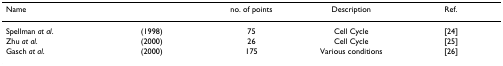
<table><thead><tr><td><b>Name</b></td><td></td><td><b>no. of points</b></td><td><b>Description</b></td><td><b>Ref.</b></td></tr></thead><tbody><tr><td>Spellman <i>at al</i>.</td><td>(1998)</td><td>75</td><td>Cell Cycle</td><td>[24]</td></tr><tr><td>Zhu <i>at al</i>.</td><td>(2000)</td><td>26</td><td>Cell Cycle</td><td>[25]</td></tr><tr><td>Gasch <i>at al</i>.</td><td>(2000)</td><td>175</td><td>Various conditions</td><td>[26]</td></tr></tbody></table>